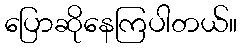
ပြောဆိုနေကြပါတယ်။